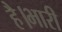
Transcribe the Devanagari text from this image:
है।भारी